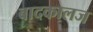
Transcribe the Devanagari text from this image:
बादकालज